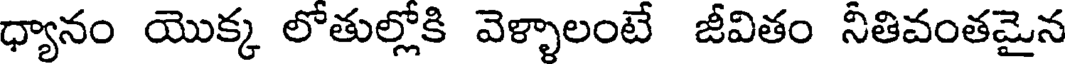
ధ్యానం యొక్క లోతుల్లోకి వెళ్ళాలంటే జీవితం నీతివంతమైన